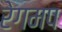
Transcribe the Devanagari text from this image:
रेगमप